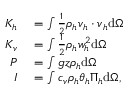
\begin{array} { r l } { K _ { h } } & { { } = \int \frac { 1 } { 2 } \rho _ { h } \boldsymbol { v } _ { h } \cdot \boldsymbol { v } _ { h } \mathrm { d } \Omega } \\ { K _ { v } } & { { } = \int \frac { 1 } { 2 } \rho _ { h } w _ { h } ^ { 2 } \mathrm { d } \Omega } \\ { P } & { { } = \int g z \rho _ { h } \mathrm { d } \Omega } \\ { I } & { { } = \int c _ { v } \rho _ { h } \theta _ { h } \Pi _ { h } \mathrm { d } \Omega , } \end{array}